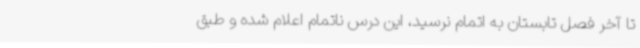
تا آخر فصل تابستان به اتمام نرسید، این درس ناتمام اعلام شده و طبق